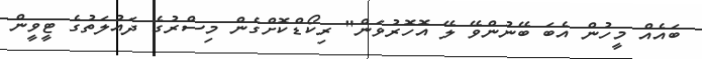
ބައެއް މީހުން އެބަ ބޭނުންވޭ ލޭ އޮހޮރުވަން" ރިކޯޑްކޮށްގެން މިސްރުގެ ދައުލަތުގެ ޓީވީން